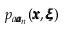
p _ { a { \pmb a } _ { n } } ( { \pmb x } , { \pmb \xi } )